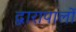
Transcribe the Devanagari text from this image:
द्वारापालों